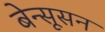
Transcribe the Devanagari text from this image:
बेन्सूसन